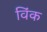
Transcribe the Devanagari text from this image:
विंक